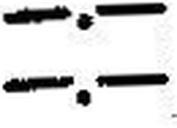
—.—